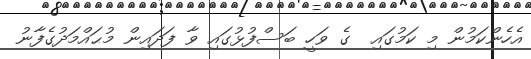
އެހެންކަމުން މި ކަމުގައި  ގެ ވަހީ ބަސްފުޅުގައި ވާ ފަދައިން މުޙައްމަދުގެފާނު